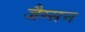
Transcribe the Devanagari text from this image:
जैग्सन